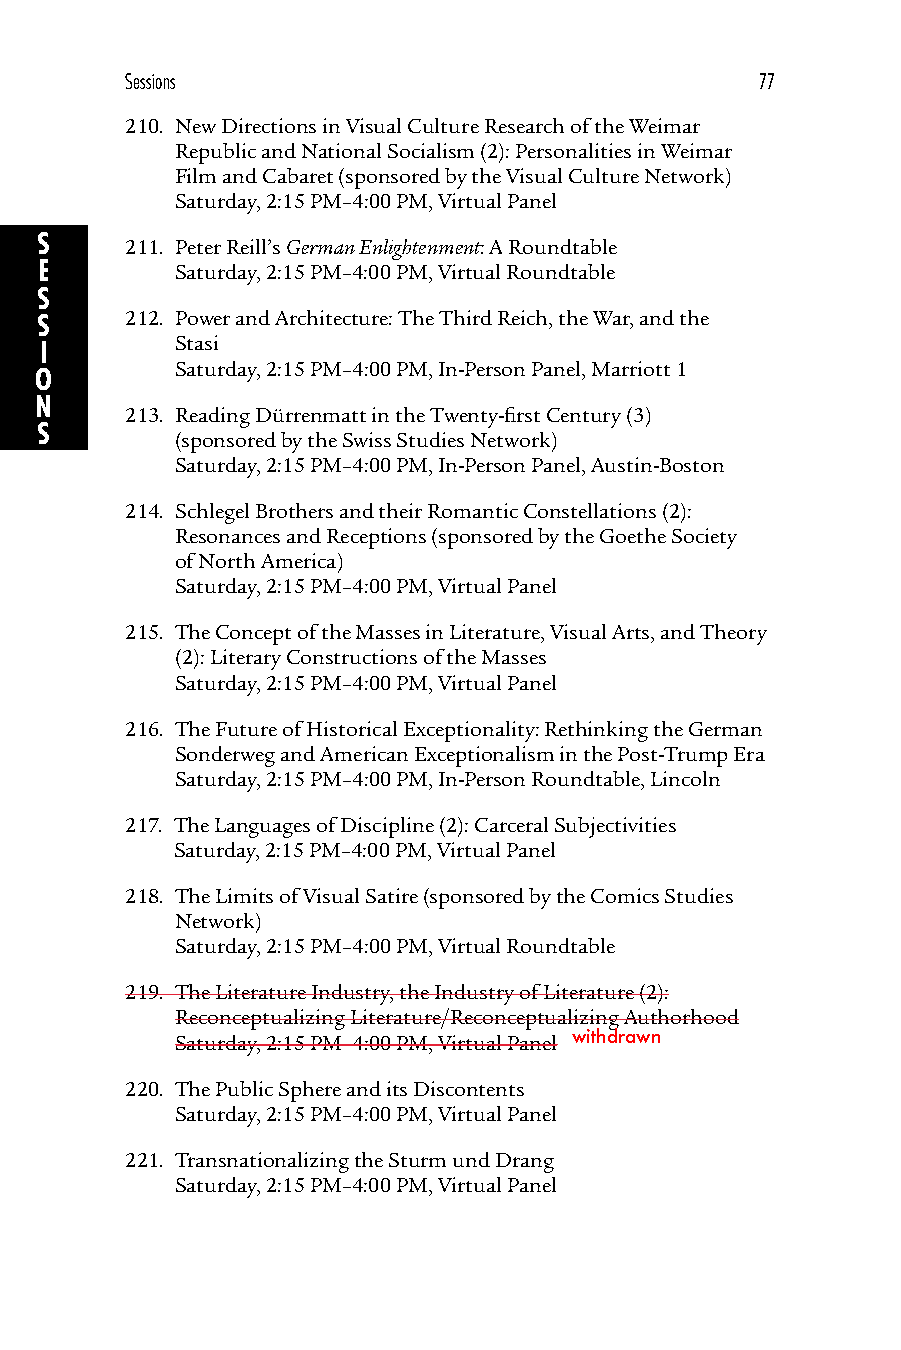
Sessions                                  77
 210. New Directions in Visual Culture Research of the Weimar
 Republic and National Socialism (2): Personalities in Weimar
 Film and Cabaret (sponsored by the Visual Culture Network)
 Saturday, 2:15 PM–4:00 PM, Virtual Panel
 S     211. Peter Reill’s German Enlightenment: A Roundtable
 E        Saturday, 2:15 PM–4:00 PM, Virtual Roundtable
 S
 S     212. Power and Architecture: The Third Reich, the War, and the
 Stasi
 I
 Saturday, 2:15 PM–4:00 PM, In-Person Panel, Marriott 1
 O
 N
 213. Reading Dürrenmatt in the Twenty-first Century (3)
 S
 (sponsored by the Swiss Studies Network)
 Saturday, 2:15 PM–4:00 PM, In-Person Panel, Austin-Boston
 214. Schlegel Brothers and their Romantic Constellations (2):
 Resonances and Receptions (sponsored by the Goethe Society
 of North America)
 Saturday, 2:15 PM–4:00 PM, Virtual Panel
 215. The Concept of the Masses in Literature, Visual Arts, and Theory
 (2): Literary Constructions of the Masses
 Saturday, 2:15 PM–4:00 PM, Virtual Panel
 216. The Future of Historical Exceptionality: Rethinking the German
 Sonderweg and American Exceptionalism in the Post-Trump Era
 Saturday, 2:15 PM–4:00 PM, In-Person Roundtable, Lincoln
 217. The Languages of Discipline (2): Carceral Subjectivities
 Saturday, 2:15 PM–4:00 PM, Virtual Panel
 218. The Limits of Visual Satire (sponsored by the Comics Studies
 Network)
 Saturday, 2:15 PM–4:00 PM, Virtual Roundtable
 219. The Literature Industry, the Industry of Literature (2):
 Reconceptualizing Literature/Reconceptualizing Authorhood
 Saturday, 2:15 PM–4:00 PM, Virtual Panel withdrawn
 220. The Public Sphere and its Discontents
 Saturday, 2:15 PM–4:00 PM, Virtual Panel
 221. Transnationalizing the Sturm und Drang
 Saturday, 2:15 PM–4:00 PM, Virtual Panel